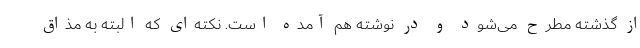
از گذشته مطرح می‌شود و در نوشته هم آمده است. نکته‌ای که البته به مذاق